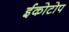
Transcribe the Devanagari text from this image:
ईकोटोप